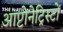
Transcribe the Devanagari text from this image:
आप्टोनेट्रिस्टों